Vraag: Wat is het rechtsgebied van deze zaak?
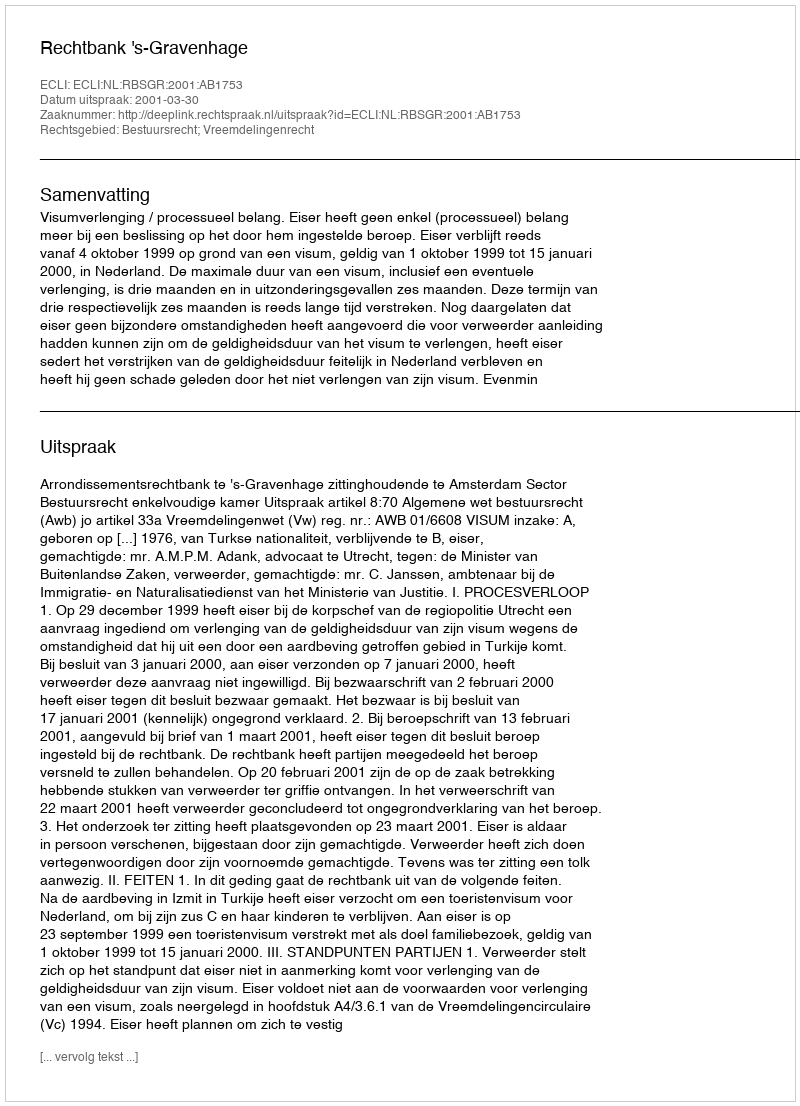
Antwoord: Bestuursrecht; Vreemdelingenrecht